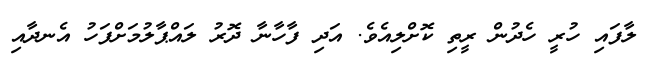
ލާފައި ހުރީ ހެދުން ރީތި ކޮށްލިއެވެ. އަދި ފާހާނާ ދޮރު ލައްޕާލުމަށްފަހު އެނދާއި